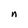
Character: n